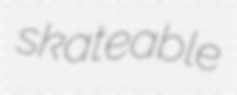
skateable